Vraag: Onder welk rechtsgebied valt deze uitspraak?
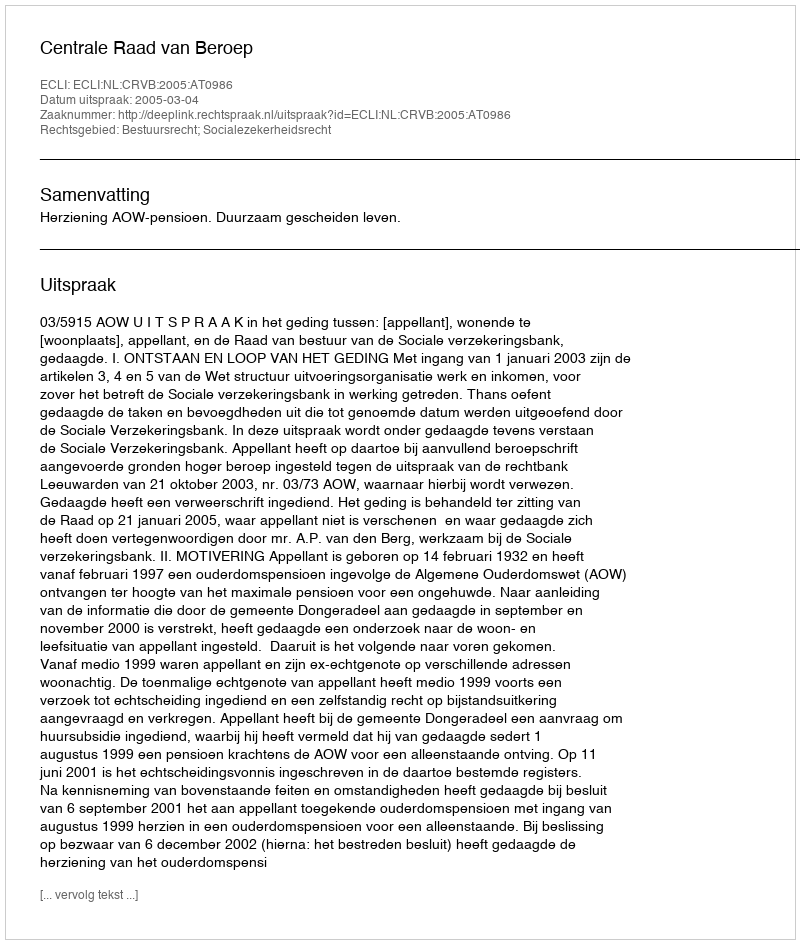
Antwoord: Bestuursrecht; Socialezekerheidsrecht